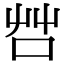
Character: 𠱭